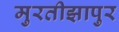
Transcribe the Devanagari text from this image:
मुरतीझापुर